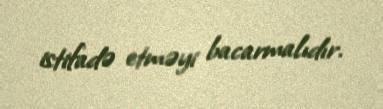
istifadə etməyi bacarmalıdır.